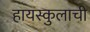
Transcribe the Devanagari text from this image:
हायस्कुलाची